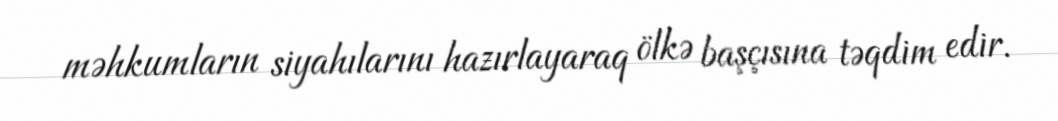
məhkumların siyahılarını hazırlayaraq ölkə başçısına təqdim edir.